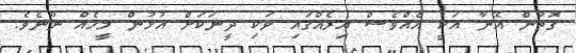
ގޮތުން އޭނާ އަކީ އެއްވެސް އިރެއްގައި ވަކި ދީނަކަށް އުޅުން މީހެއް ނޫނެވެ.